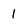
Character: 1